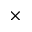
\times